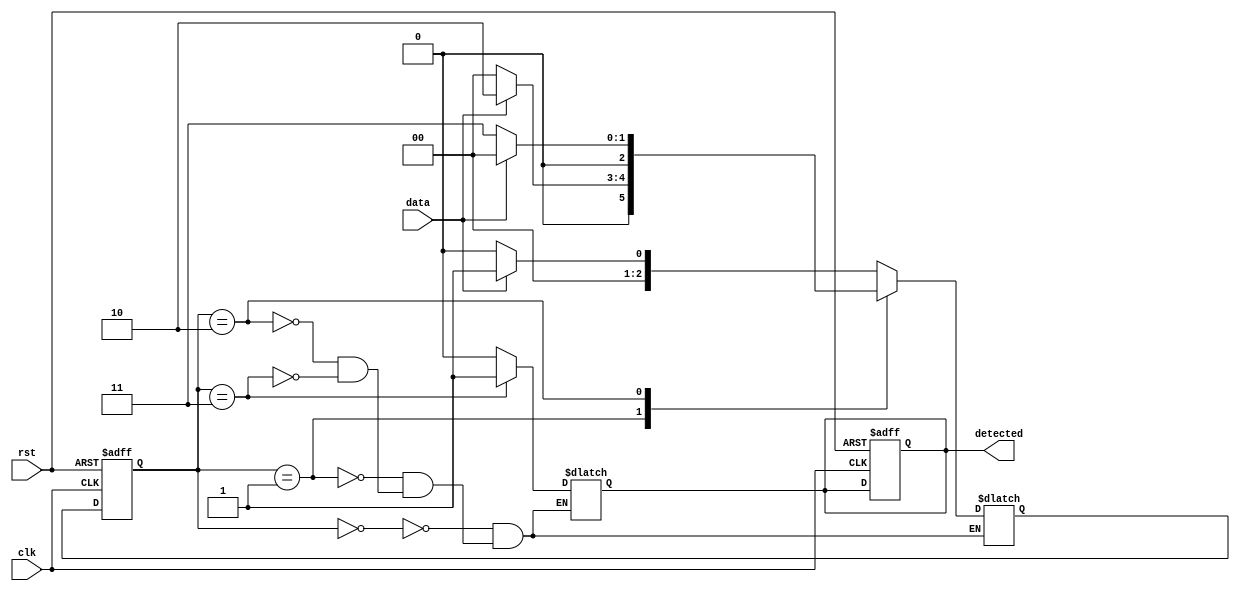
module mealy_fsm(clk, rst, data, detected);
  input clk;
  input rst;
  input data;
  output reg detected;
  
  parameter s0 = 2'b00;
  parameter s1 = 2'b01;
  parameter s2 = 2'b10;
  parameter s3 = 2'b11;
  
  reg [2:0] current_state, next_state;  
  
  always @(posedge clk or posedge rst) begin
    if (rst) begin
      detected<=0;
      current_state <= s0;
    end
    else current_state <= next_state;
  end
  
  always @ (current_state or data) begin
    case(current_state)
      s0: begin
        if (data) next_state <= s1;
        else next_state<=s0;
        detected<=0;
      end
      
      s1: begin
        if (data) next_state<=s2;
        else next_state <= s0;
        detected<=0;
      end
      
      s2: begin  
        if (!data) next_state <= s3;
        else next_state <= s0;
        detected <= 0;
      end
      
      s3: begin
        if (data) next_state <= s1;
        else next_state <= s0;
        detected<=1;
      end
    endcase
  end
endmodule

module test_mealy_fsm;
  reg clk;
  reg rst;
  reg data;
  wire detected;
  
  mealy_fsm uut(clk, rst, data, detected);
  
  always #5 clk = ~clk;
  
  initial begin
    clk=0;rst=0;#10
    rst=1;#10
    rst=0;#10
    
    data = 1;#10
    data = 1;#10
    data = 0;#10
    data = 1;#10 
    data = 0;#10
    data = 0;#10
    data = 0;#10
    data = 0;#10   
    data = 1;#10
    data = 1;#10
    data = 0;#10
    data = 1;#100;
  end
endmodule